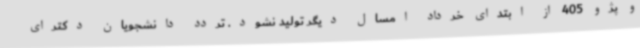
و پژو 405 از ابتدای خرداد امسال دیگر تولید نشود. تردد دانشجویان دکترای